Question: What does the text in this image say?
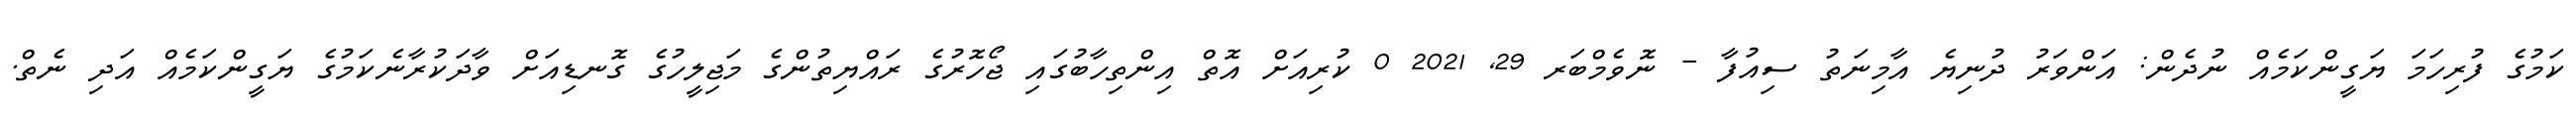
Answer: ކަމުގެ ފުރިހަމަ ޔަގީންކަމެއް ނުދެން: އަންވަރު ދުނިޔެ އާމިނަތު ސިއުފާ - ނޮވެމްބަރ 29, 2021 0 ކުރިއަށް އޮތް އިންތިހާބުގައި ޖޯހޮރުގެ ރައްޔިތުންގެ މަޖިލީހުގެ ގޮނޑިއަށް ވާދަކުރާނެކަމުގެ ޔަގީންކަމެއް އަދި ނެތް.